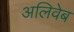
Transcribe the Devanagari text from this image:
अलिवेब